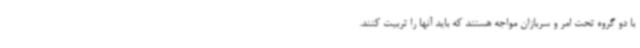
با دو گروه تحت امر و سربازان مواجه هستند که باید آنها را تربیت کنند.